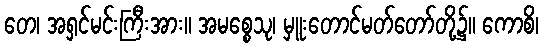
တေ၊ အရှင်မင်းကြီးအား။ အမစ္စေသု၊ မှူးတောင်မတ်တော်တို့၌။ ကောစိ၊